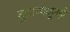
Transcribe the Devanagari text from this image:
बुधाच्याहूनही